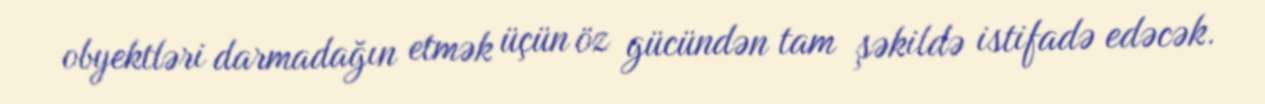
obyektləri darmadağın etmək üçün öz gücündən tam şəkildə istifadə edəcək.